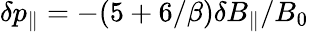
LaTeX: \delta p_{\| }=-(5+6/\beta)\delta B_{\| }/B_{0}